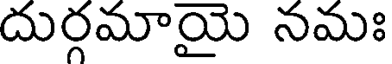
దుర్గమాయై నమః